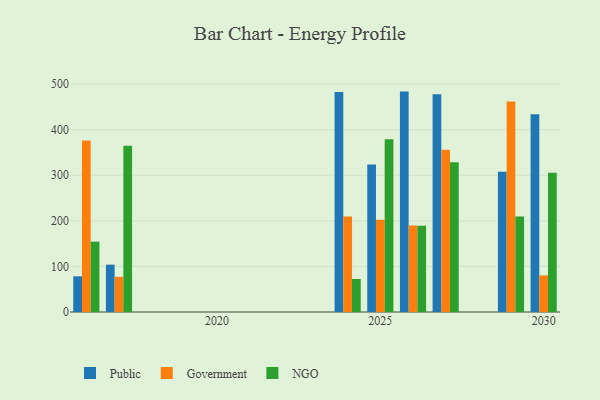
{"axis": {"x": "Year", "y": "Operating Costs (USD K)"}, "legend": ["Government", "NGO", "Public"], "data": [{"x": "2017", "y": 103.9, "type": "Public"}, {"x": "2017", "y": 77.2, "type": "Government"}, {"x": "2017", "y": 364.7, "type": "NGO"}, {"x": "2025", "y": 323.8, "type": "Public"}, {"x": "2025", "y": 202.4, "type": "Government"}, {"x": "2025", "y": 379.3, "type": "NGO"}, {"x": "2029", "y": 307.5, "type": "Public"}, {"x": "2029", "y": 462.1, "type": "Government"}, {"x": "2029", "y": 209.8, "type": "NGO"}, {"x": "2027", "y": 477.9, "type": "Public"}, {"x": "2027", "y": 356.0, "type": "Government"}, {"x": "2027", "y": 328.8, "type": "NGO"}, {"x": "2030", "y": 433.9, "type": "Public"}, {"x": "2030", "y": 80.3, "type": "Government"}, {"x": "2030", "y": 305.3, "type": "NGO"}, {"x": "2016", "y": 78.3, "type": "Public"}, {"x": "2016", "y": 376.4, "type": "Government"}, {"x": "2016", "y": 154.3, "type": "NGO"}, {"x": "2026", "y": 483.6, "type": "Public"}, {"x": "2026", "y": 189.7, "type": "Government"}, {"x": "2026", "y": 189.3, "type": "NGO"}, {"x": "2024", "y": 482.6, "type": "Public"}, {"x": "2024", "y": 209.4, "type": "Government"}, {"x": "2024", "y": 72.4, "type": "NGO"}]}